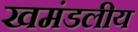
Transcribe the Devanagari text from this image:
खमंडलीय